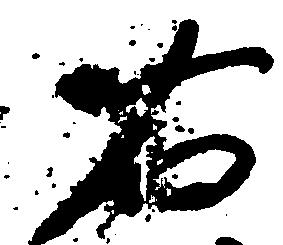
右